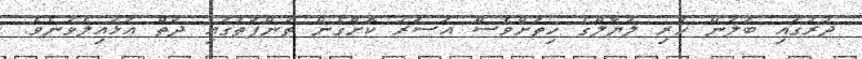
ދުރުގައި ބަލަން ހުރި ލަޔާލްގެ ހިތަށްވެސް އަސަރު ކޮށްގެން ތުންފަތުގައި ދަތް އަޅައިލެވުނެވެ.